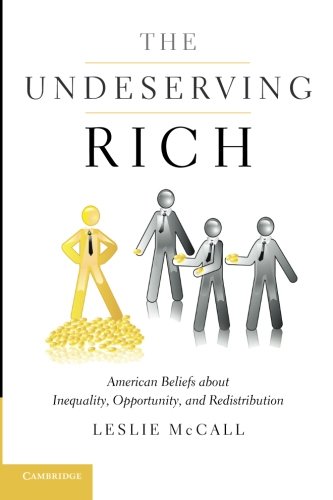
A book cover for The Undeserving Rich: American Beliefs about Inequality, Opportunity, and Redistribution; Professor Leslie McCall; Business & Money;